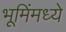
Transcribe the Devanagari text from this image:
भूमिंमध्ये